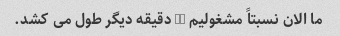
ما الان نسبتاً مشغولیم 15 دقیقه دیگر طول می کشد.